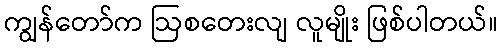
ကျွန်တော်က ဩစတေးလျ လူမျိုး ဖြစ်ပါတယ်။